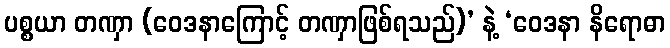
ပစ္စယာ တဏှာ (ဝေဒနာကြောင့် တဏှာဖြစ်ရသည်)’ နဲ့ ‘ဝေဒနာ နိရောဓာ